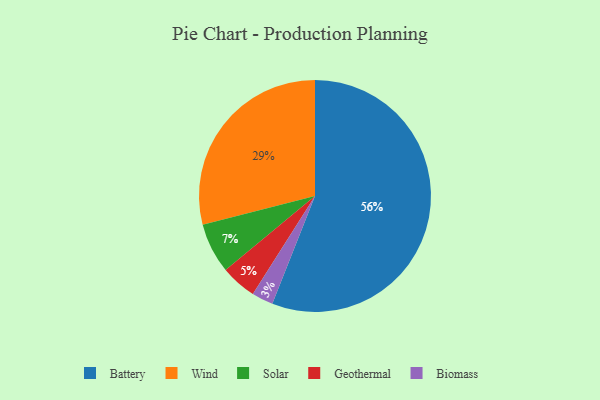
{"axis": {"x": "Category", "y": "Percentage"}, "legend": ["Battery", "Biomass", "Geothermal", "Solar", "Wind"], "data": [{"x": "Biomass", "y": 3, "type": "Biomass"}, {"x": "Battery", "y": 56, "type": "Battery"}, {"x": "Geothermal", "y": 5, "type": "Geothermal"}, {"x": "Wind", "y": 29, "type": "Wind"}, {"x": "Solar", "y": 7, "type": "Solar"}]}